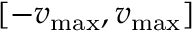
[ - v _ { \operatorname* { m a x } } , v _ { \operatorname* { m a x } } ]